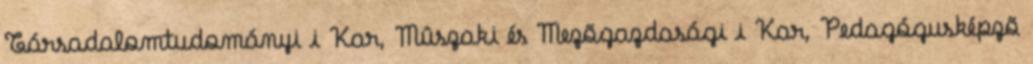
Társadalomtudományi i Kar, Mûszaki és Mezõgazdasági i Kar, Pedagógusképzõ